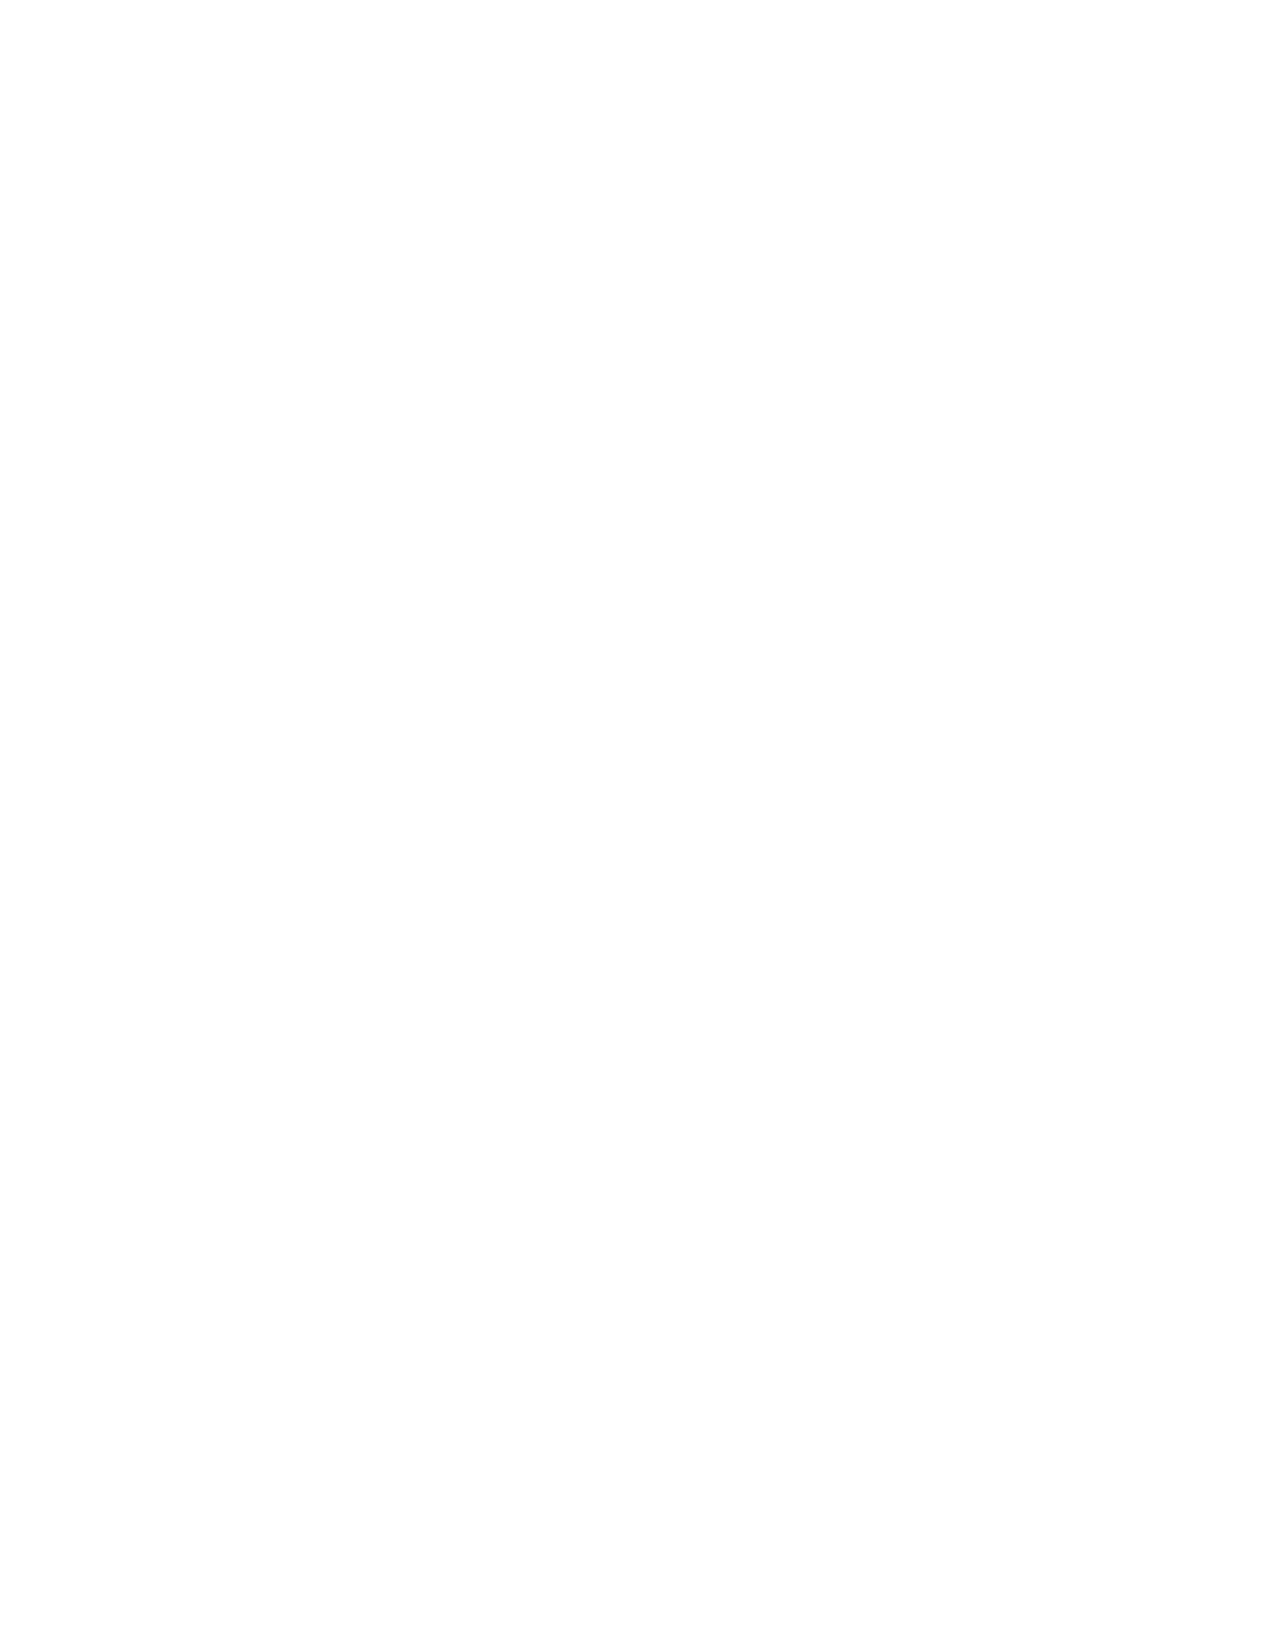
VerDate Apr 14 2004 11:04 Apr 14, 2004 Jkt 077500 PO 00000 Frm 00260 Fmt 8221 Sfmt 8221 C:\CONAN\CON001.XXX PRFM99 PsN: CON001